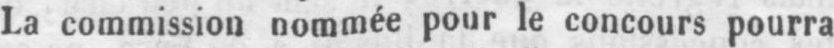
La commission nommée pour le concours pourra